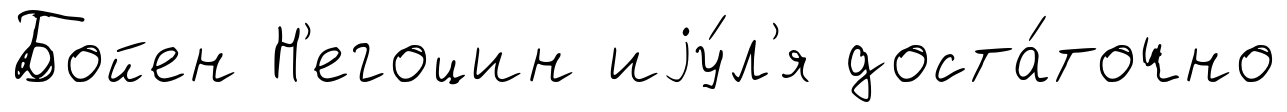
Бойен Н'егоцин иjу́л'я доста́точно